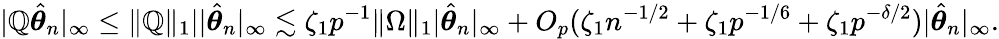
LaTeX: |\mathbb{Q}\hat{{{\boldsymbol\theta}}}_{n}|_{\infty}\leq\| \mathbb{Q}\| _{1}||\hat{{{\boldsymbol\theta}}}_{n}|_{\infty}\lesssim\zeta_{1}p^{-1}\| \Omega\| _{1}|\hat{{{\boldsymbol\theta}}}_{n}|_{\infty}+O_{p}(\zeta_{1}n^{-1/2}+\zeta_{1}p^{-1/6}+\zeta_{1}p^{-\delta/2})|\hat{{{\boldsymbol\theta}}}_{n}|_{\infty}.